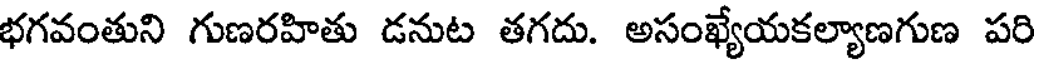
భగవంతుని గుణరహితు డనుట తగదు. అసంఖ్యేయకల్యాణగుణ పరి